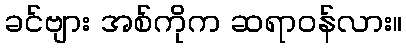
ခင်ဗျား အစ်ကိုက ဆရာဝန်လား။